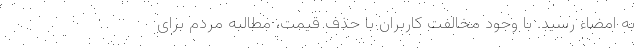
به امضاء رسید. با وجود مخالفت کاربران با حذف قیمت، مطالبه مردم برای